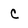
Character: c